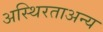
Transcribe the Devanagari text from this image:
अस्थिरताअन्य